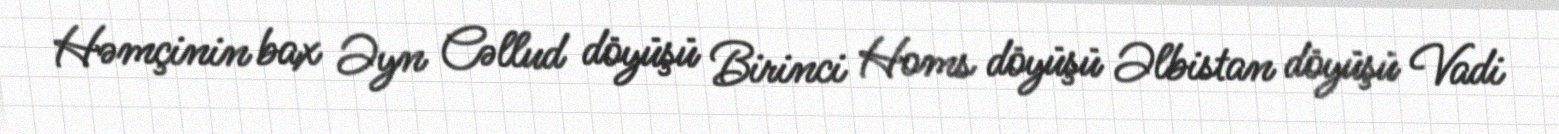
Həmçinin bax Əyn Cəllud döyüşü Birinci Homs döyüşü Əlbistan döyüşü Vadi